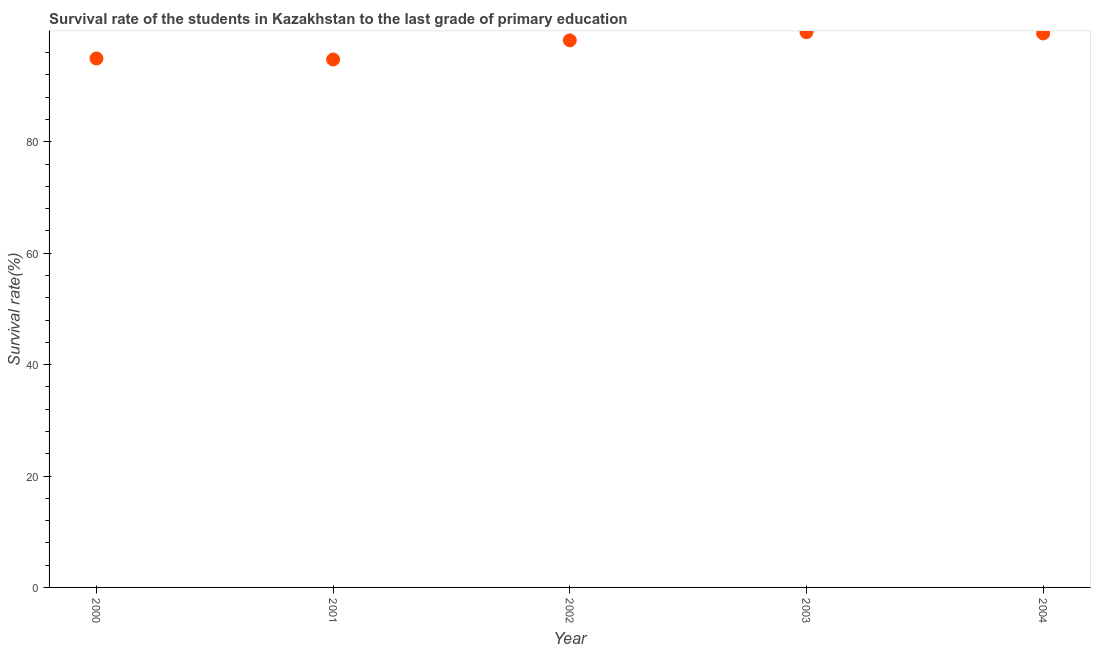
| Year | Primary Education |
 | --- | --- |
 | 2000 | 95 |
 | 2001 | 94.8 |
 | 2002 | 98.2 |
 | 2003 | 99.7 |
 | 2004 | 99.4 |